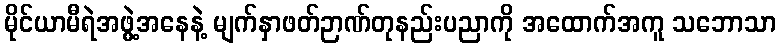
မိုင်ယာမီရဲအဖွဲ့အနေနဲ့ မျက်နှာဖတ်ဉာဏ်တုနည်းပညာကို အထောက်အကူ သဘောသာ